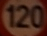
120